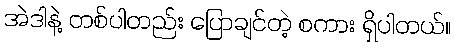
အဲဒါနဲ့ တစ်ပါတည်း ပြောချင်တဲ့ စကား ရှိပါတယ်။